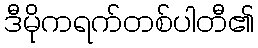
ဒီမိုကရက်တစ်ပါတီ၏